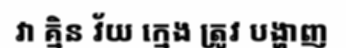
វា គ្មិន វ័យ ក្មេង ត្រូវ បង្ហាញ